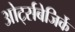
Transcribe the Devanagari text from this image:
ओर्ट्सबेजिर्के